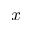
\boldsymbol { x }